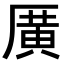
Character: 𪠓